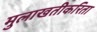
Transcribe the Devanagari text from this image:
मुलाखतीकरिता